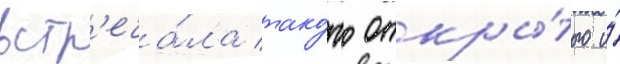
встр'еча́ла тако́го откры́того и́